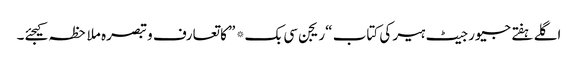
اگلے ہفتے جیورجیٹ ہیر کی کتاب “ریجن سی بک* ” کا تعارف و تبصرہ ملاحظہ کیجئے۔